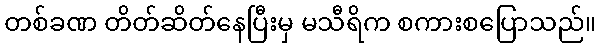
တစ်ခဏ တိတ်ဆိတ်နေပြီးမှ မသီရိက စကားစပြောသည်။